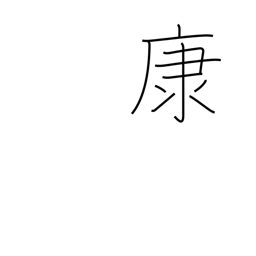
Meaning: ease